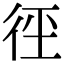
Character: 𭛩